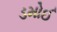
ડમોઈ